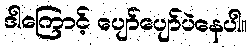
ဒါကြောင့် ပျော်ပျော်ပဲနေပါ။